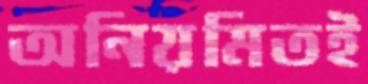
অনিয়মিতই